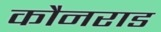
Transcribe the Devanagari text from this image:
कौनराड